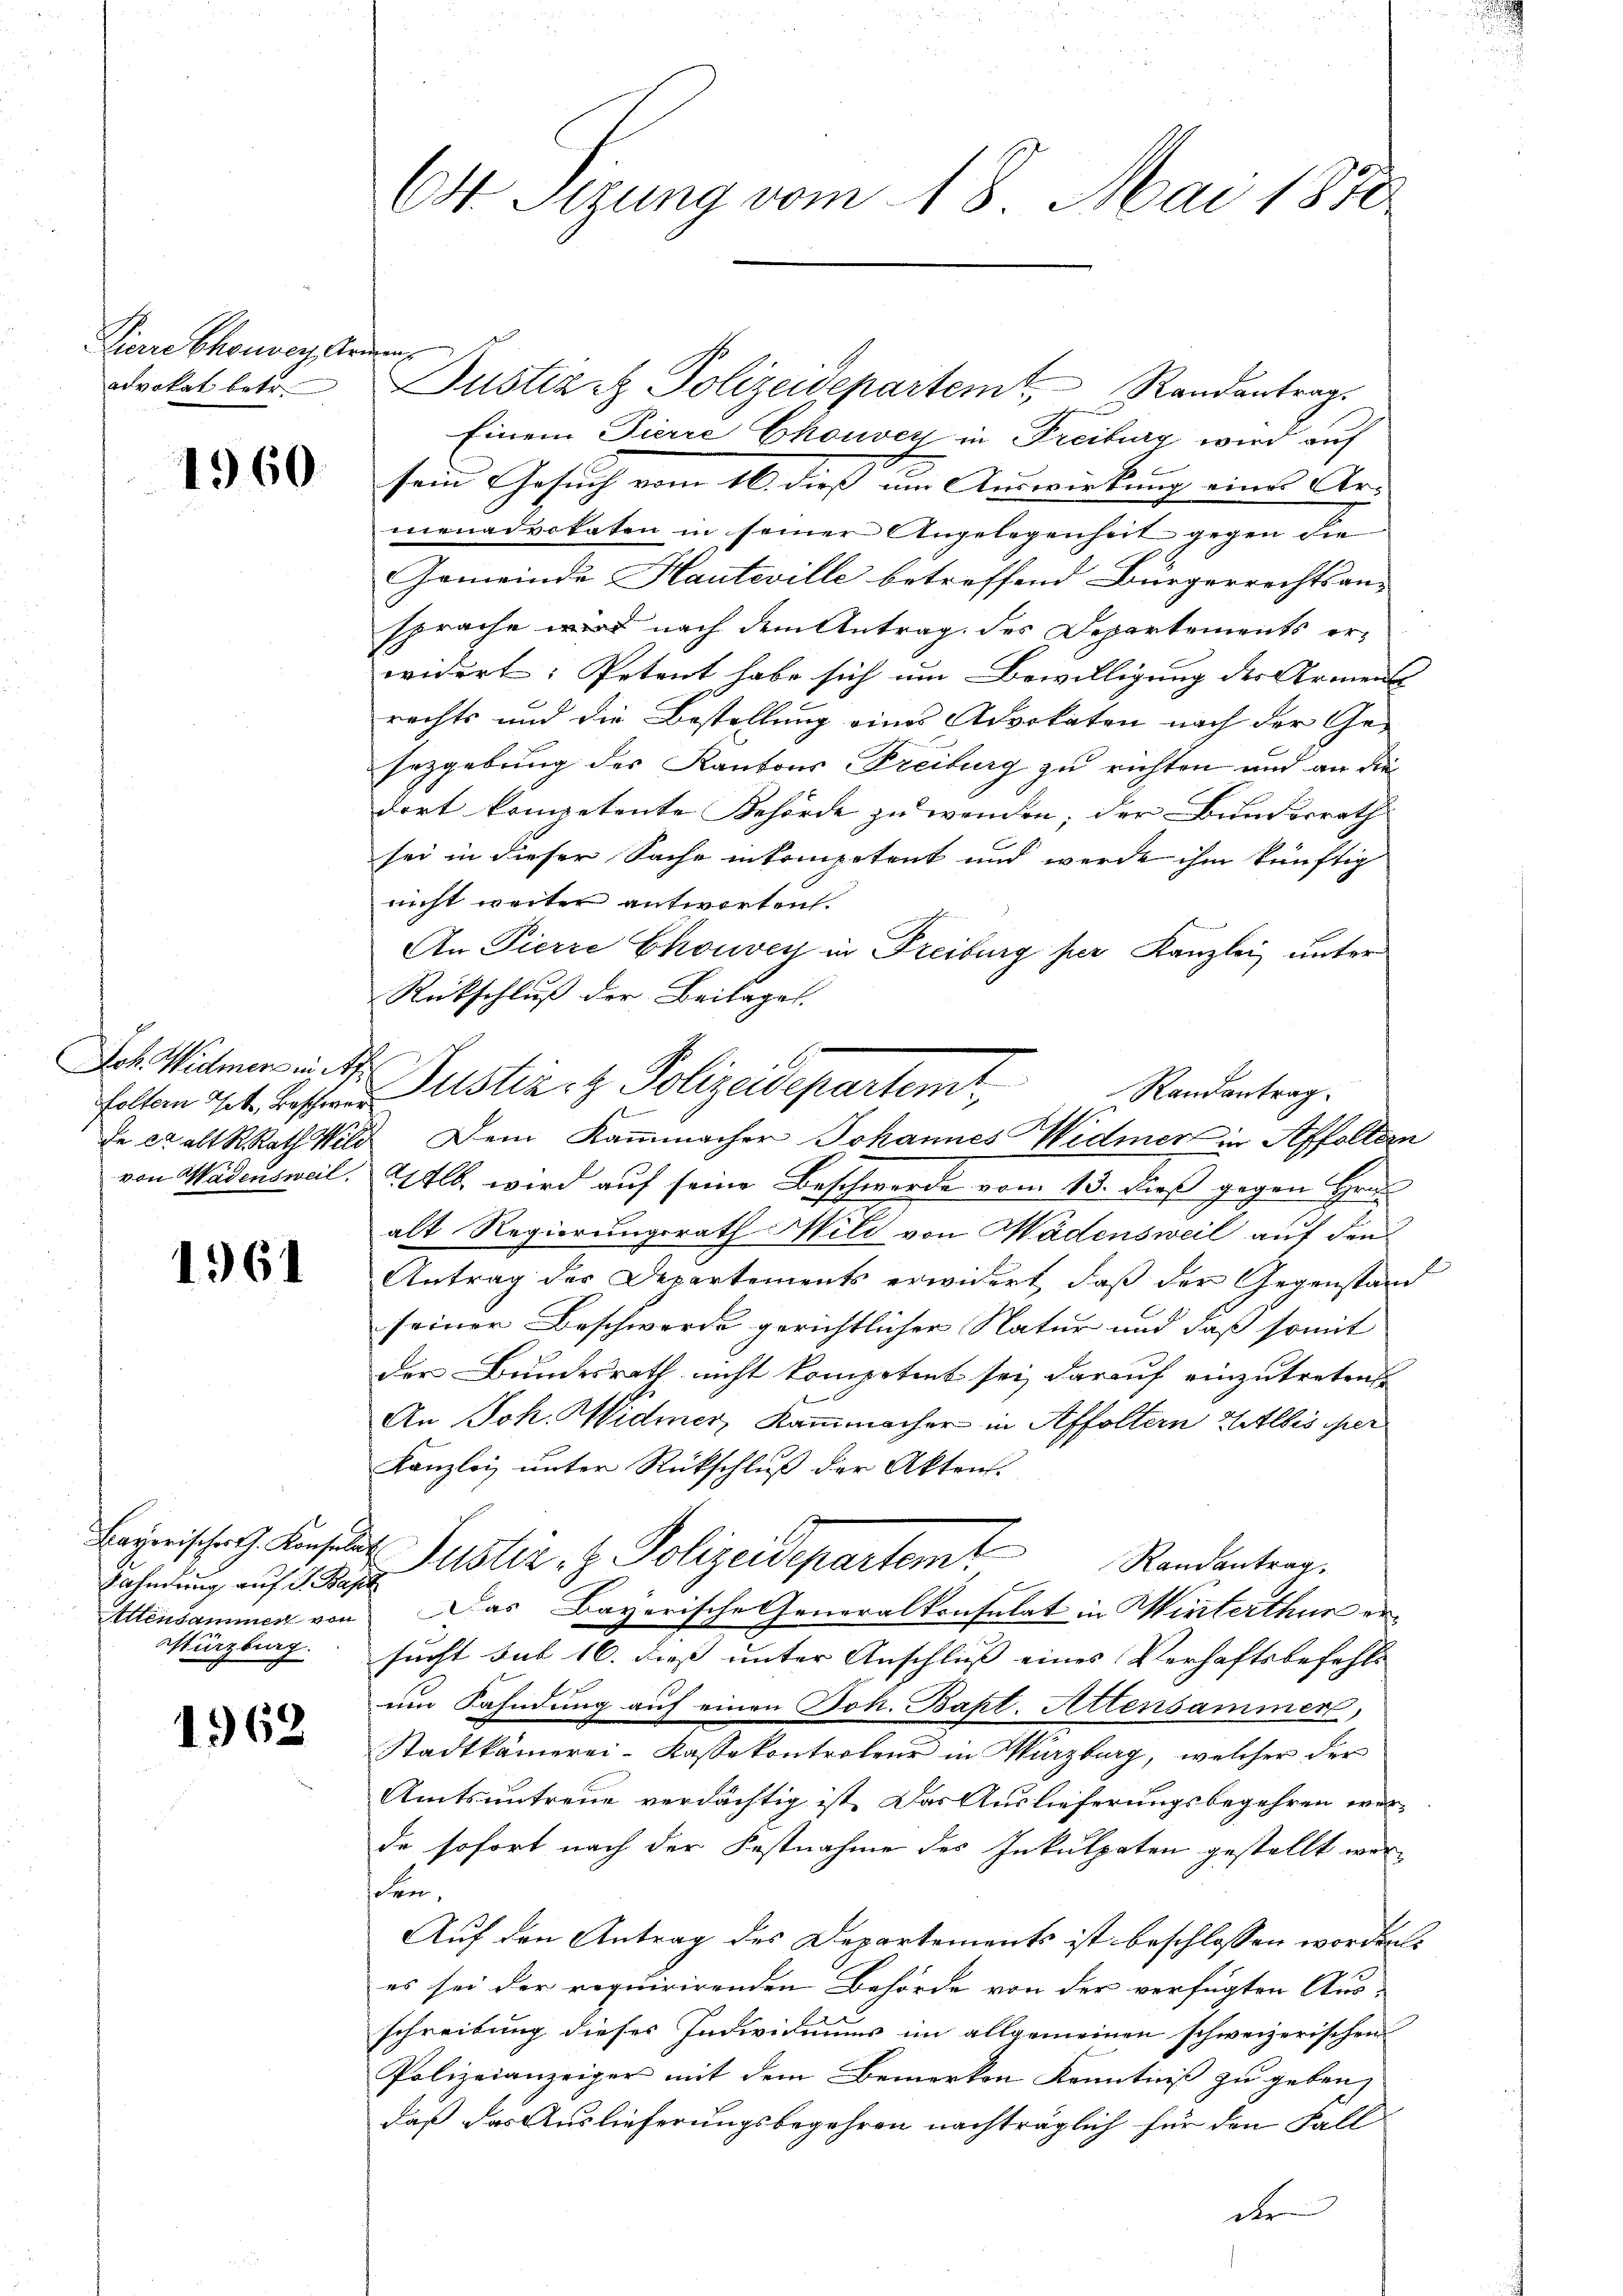
Pierre Chauser, Krie
advokat betr.

1960

foltern Tit. Beschwer
von Wädensweil.

1961

Bahndung auf S. Bapt
Altendammer von
Sturzburg.

1962

64 Sizung vom 18. Mai 1870

Einem Pierre Ekouver in Freiburg wird auf
sein Gesuch vom 16. dieß um Auswirkung eines Ar-
menadvokaten in seiner Angelegenheit gegen die
Gemeinde Hauteville betreffend Bürgerrechtsan-
sprache wird nach dem Antrag des Departements erwidert: Petent habe sich um Bewilligung der Arment |
rechts und die Bestellung eines Advokaten nach der Ge¬
Erzgebung des Kantons Freiburg zu richten und an die
dort kompetente Behörde zu wenden; der Bunderrath
sei in dieser Sache inkompetent und werde ihm künftig
nicht weiter antworten.
An Pierre Chorvey in Freiburg per Kanzlei unter
Rückschluß der Beilages.
Ulb, wird auf seine Beschwerde vom 13. dieß gegen Hrn.
alt Regierungsrath Mili von Wädensweil auf den
Antrag des Departements erwidert, daß der Gegenstand
seiner Beschwerde gerichtlicher Natur und daß somit
der Bundesrath nicht kompetent sei, darauf einzutretend
An Joh. Widmer, Kaṁmacher in Affoltern Weltis per
Kanzlei unter Rückschluß der Akten.
Bayerischen Konsilie Justiz- & Polizeidepartem Randantrag.
Das Bayerische Generalkonsulat in Winterthur ersucht sub 16. dieß unter Anschluss eines Verhaftsbefehls
um Fahndung auf einen Joh. Bapt. Attensammen,
Stadtkämerei-Kassekontroleur in Würzburg, welcher der
Amtsuntreue verdächtig ist. Das Auslieferungsbegehren wer-
de sofort nach der Festnahme des Inkulpaten gestellt werjahren,
Auf den Antrag des Departements ist beschlossen worden.
es sei der requirirenden Behörde von der verfügten Aus-
schreibung dieses Individuums im allgemeinen schweizerischen
Polizeianzeigers mit dem Bemerken Kenntniß zu geben,
daß das Auslieferungsbegehren nachträglich für den Fall
der

Justizit Polizeidepartem Randantrag.

Joh Widmer in Dr. Justiz- & Polizeidepartemt. Randantrag.
Ie er alt RRath Wild Dem Kammmacher Johannes Widmer in Affoltern